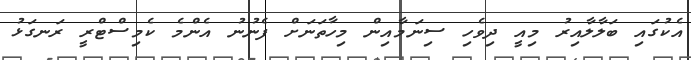
އެކުގައި ބަލާލާއިރު މިއީ ދިވެހި ސިނަމާއިން މިހާތަނަށް ފެނުނު އެންމެ ކެމިސްޓްރީ ރަނގަޅު